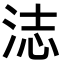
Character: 𬇨